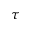
\tau